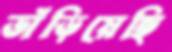
ভাঁড়িয়েছি